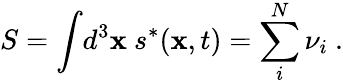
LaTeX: S=\int\! d^{3}{\mathbf x}~s^{*}({\mathbf x},t)=\sum_{i}^{N}\nu_{i}~.